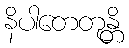
နိပါတေတုန္တိ